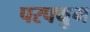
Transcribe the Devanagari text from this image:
परफ्युम